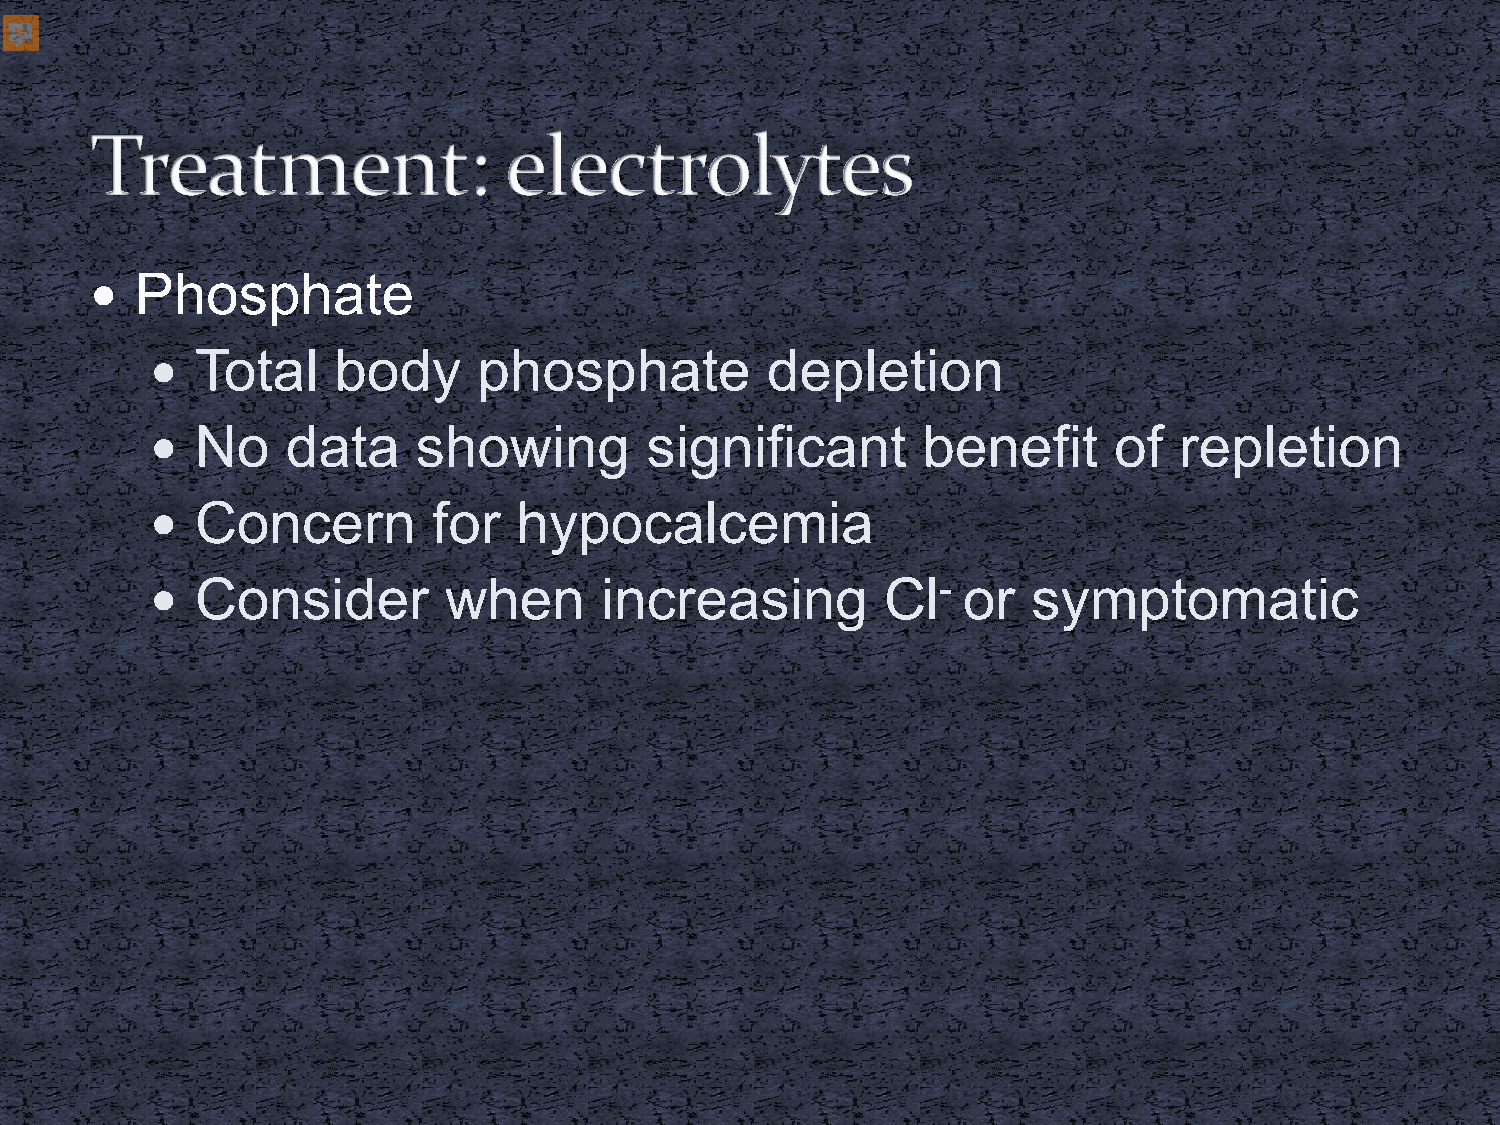
  Phosphate
   Total    body      phosphate          depletion
   No    data     showing        significant       benefit      of  repletion
   Concern         for  hypocalcemia
   Consider        when       increasing         Cl-  or  symptomatic